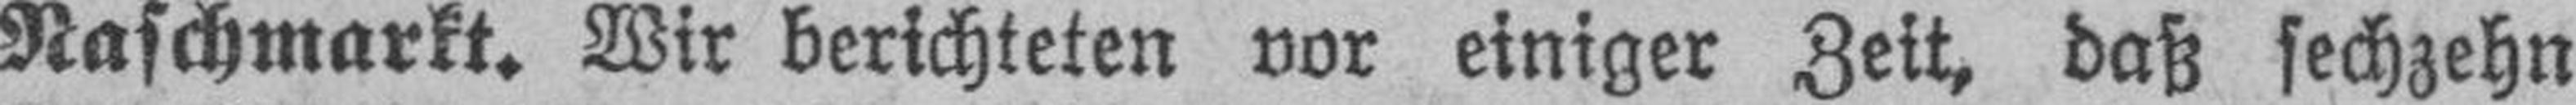
Naschmarkt. Wir berichteten vor einiger Zeit, daß sechzehn